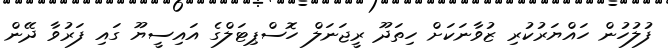
ފުލުހުން ހައްޔަރުކުރި ޒުވާނަކަށް ހިތަދޫ ރީޖަނަލް ހޮސްޕިޓަލްގެ އައިސީޔޫ ގައި ފަރުވާ ދޭން